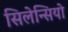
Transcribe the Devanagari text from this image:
सिलेन्सियो